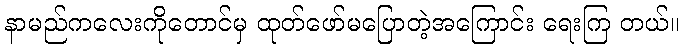
နာမည်ကလေးကိုတောင်မှ ထုတ်ဖော်မပြောတဲ့အကြောင်း ရေးကြ တယ်။